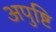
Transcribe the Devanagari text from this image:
अपुष्टि